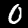
Digit: 0